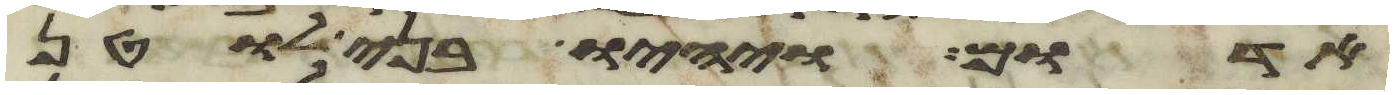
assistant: אדום ויהיו בני לוטן